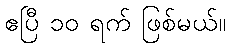
ဧပြီ ၁၀ ရက် ဖြစ်မယ်။